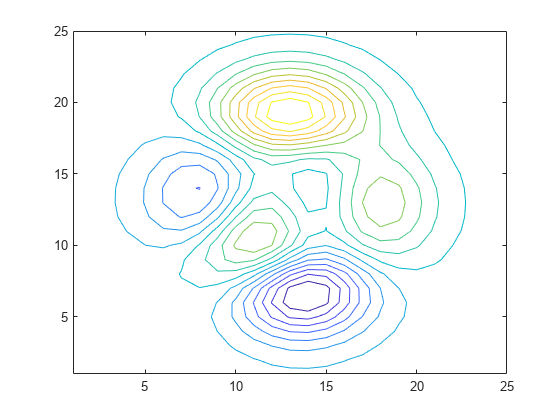
matlab, contour, colormap